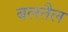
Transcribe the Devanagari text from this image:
बलतैल